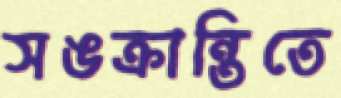
সঙক্রান্তিতে